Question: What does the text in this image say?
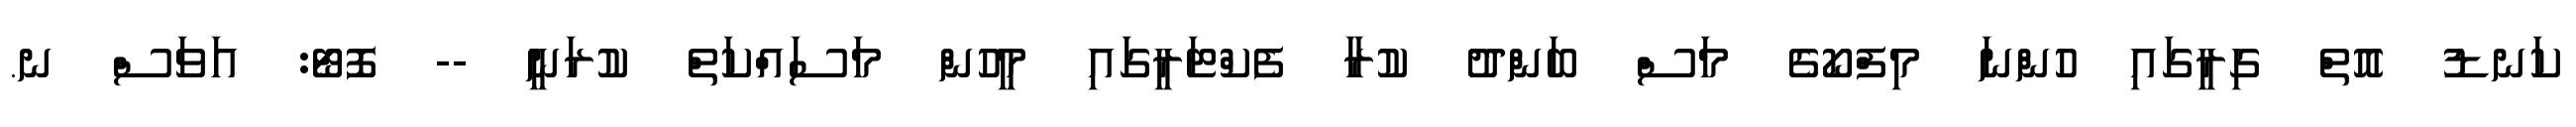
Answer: ކަނޑު އޮތް ގިރީގައި ހުންނަ މިފްކޯގެ މަސް ބަންދު ކުރާ ފެކްޓަރީގައި މީހުން މަސައްކަތް ކުރަނީ -- ފޮޓޯ: އަވަސް ނ.